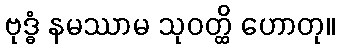
ဗုဒ္ဓံ နမဿာမ သုဝတ္ထိ ဟောတု။